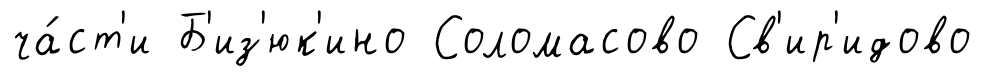
ча́ст'и Б'из'юк'ино Соломасово Св'ир'идово